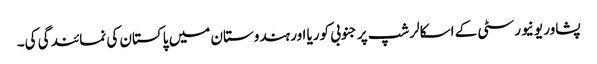
پشاور یونیورسٹی کے اسکالرشپ پر جنوبی کوریا اور ہندوستان میں پاکستان کی نمائندگی کی۔